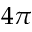
4 \pi